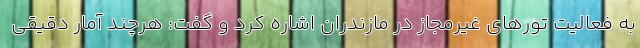
به فعالیت تورهای غیرمجاز در مازندران اشاره کرد و گفت: هرچند آمار دقیقی